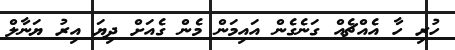
ހުރި ހާ އެއްޗެއް ގަނެގެން އައިމަން މެން ގެއަށް ދިޔަ އިރު ޔަނާލް